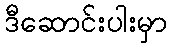
ဒီဆောင်းပါးမှာ